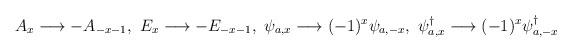
LaTeX: \begin{align*}A_{x}\longrightarrow -A_{-x-1},\ E_{x}\longrightarrow -E_{-x-1},\ \psi_{a,x}\longrightarrow (-1)^{x}\psi_{a,-x},\ \psi_{a,x}^{\dag}\longrightarrow (-1)^{x}\psi_{a,-x}^{\dag}\end{align*}